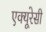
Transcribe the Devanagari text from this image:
एक्यूरेसी